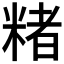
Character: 𬖡